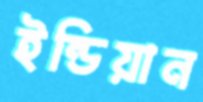
ইন্ডিয়ান